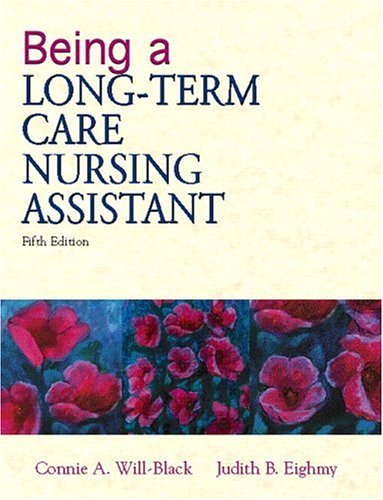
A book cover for Being a Long-Term Care Nursing Assistant (5th Edition); Connie Will-Black RN  BSN; Medical Books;